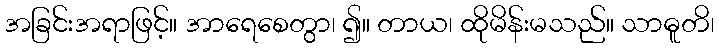
အခြင်းအရာဖြင့်။ အာရေစေတွာ၊ ၍။ တာယ၊ ထိုမိန်းမသည်။ သာဓူတိ၊